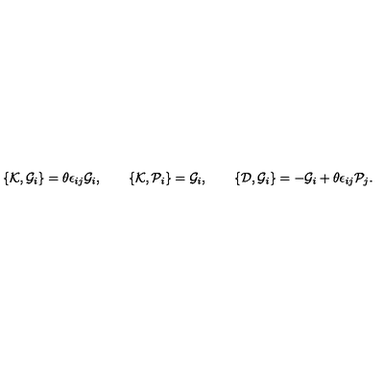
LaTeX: \{ { \cal K } , { \cal G } _ { i } \} = \theta \epsilon _ { i j } { \cal G } _ { i } , \qquad \{ { \cal K } , { \cal P } _ { i } \} = { \cal G } _ { i } , \qquad \{ { \cal D } , { \cal G } _ { i } \} = - { \cal G } _ { i } + \theta \epsilon _ { i j } { \cal P } _ { j } .